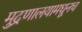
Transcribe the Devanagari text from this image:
मुद्रणालयामधूनच